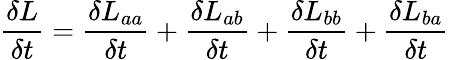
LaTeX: \frac{\delta L}{\delta t}=\frac{\delta L_{aa}}{\delta t}+\frac{\delta L_{ab}}{\delta t}+\frac{\delta L_{bb}}{\delta t}+\frac{\delta L_{ba}}{\delta t}